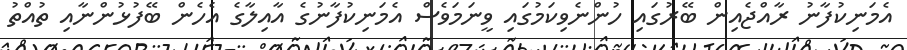
އެމަނިކުފާނު ރާއްޖެއިން ބޭރުގައި ހުންނެވިކަމުގައި ވީނަމަވެސް އެމަނިކުފާނުގެ އާއިލާގެ އެހެން ބޭފުޅުންނާއި ތުއްތު